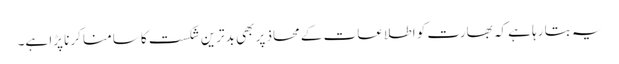
یہ بتا رہا ہے کہ بھارت کو اطلاعات کے محاذ پر بھی بدترین شکست کا سامنا کرنا پڑا ہے۔